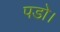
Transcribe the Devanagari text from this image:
पडो।